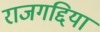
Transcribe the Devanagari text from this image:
राजगद्दियां